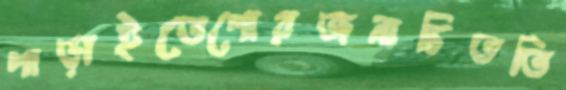
পাড়াইতেপোরজনাচিততি